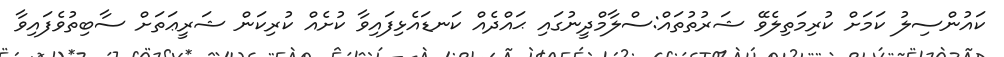
ކައުންސިލު ކަމަށް ކުރިމަތިލެވޭ ޝަރުތުތައް:ސްލާމްދީނުގައި ޙައްދެއް ކަނޑައެޅިފައިވާ ކުށެއް ކުރިކަން ޝަރީޢަތަށް ސާބިތުވެފައިވާ